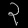
Digit: ၃